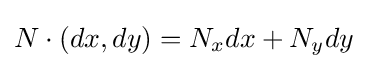
N\cdot (dx,dy)=N_{x}dx+N_{y}dy